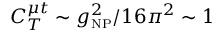
C _ { T } ^ { \mu t } \sim g _ { \mathrm { \scriptscriptstyle N P } } ^ { 2 } / 1 6 \pi ^ { 2 } \sim 1